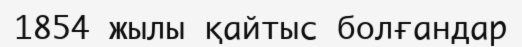
1854 жылы қайтыс болғандар